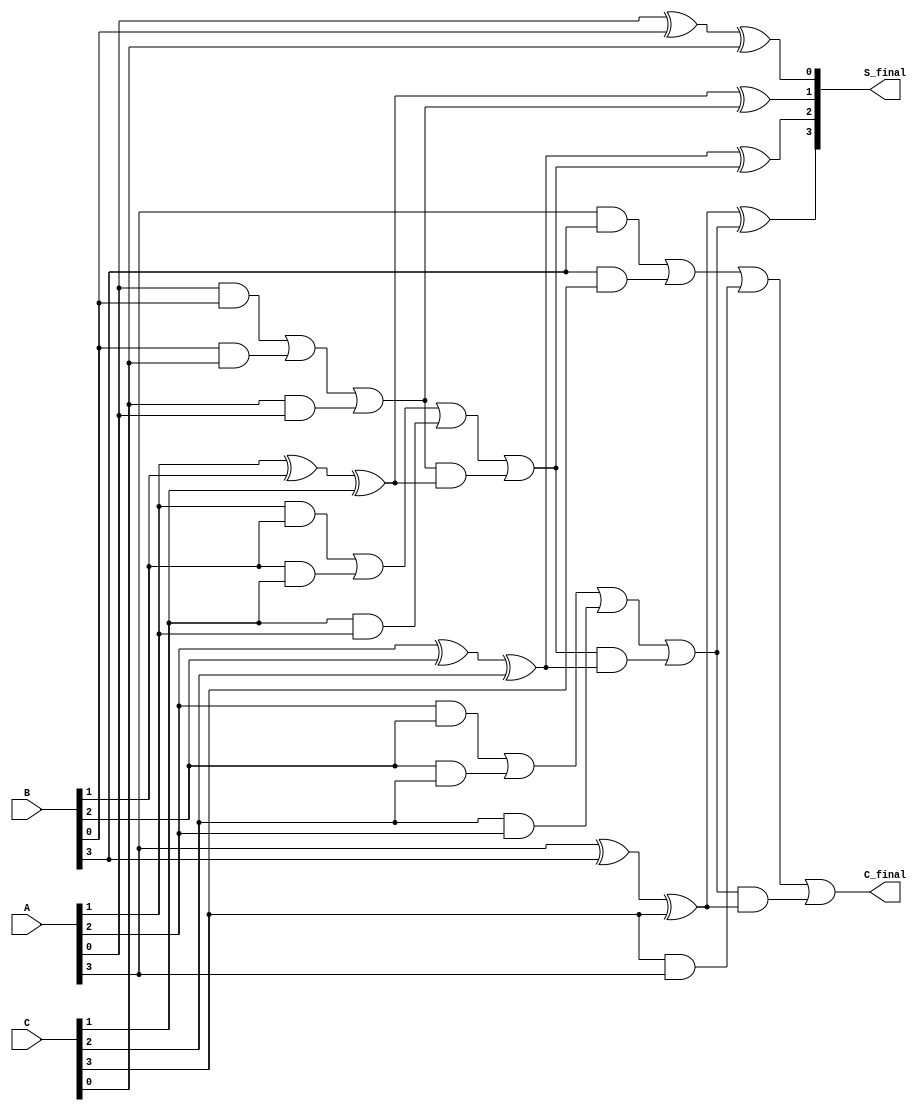
module ripple_carry_save_adder #(parameter N = 4) (
    input  [N-1:0] A,  // First input
    input  [N-1:0] B,  // Second input
    input  [N-1:0] C,  // Third input
    output [N-1:0] S_final,  // Final sum output
    output        C_final     // Final carry output
);

    // Intermediate wires for partial sum and carry
    wire [N:0] carry;  // carry[N] is the final carry output
    wire [N-1:0] sum;  // Holds the partial sums

    // Initial carry (no carry in)
    assign carry[0] = 1'b0;

    genvar i;
    generate
        for (i = 0; i < N; i = i + 1) begin: full_adder
            // Full adder logic
            wire a, b, c;

            // Select bits from each input
            assign a = A[i];
            assign b = B[i];
            assign c = C[i];

            // Compute sum and carry for each bit position
            assign sum[i] = a ^ b ^ c ^ carry[i];  // Partial sum
            assign carry[i + 1] = (a & b) | (b & c) | (c & a) | (carry[i] & (a ^ b ^ c)); // Carry out
        end
    endgenerate

    // Final outputs
    assign S_final = sum;
    assign C_final = carry[N]; // Final carry out

endmodule